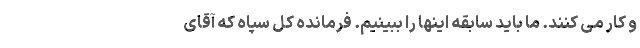
و کار می کنند. ما باید سابقه اینها را ببینیم. فرمانده کل سپاه که آقای